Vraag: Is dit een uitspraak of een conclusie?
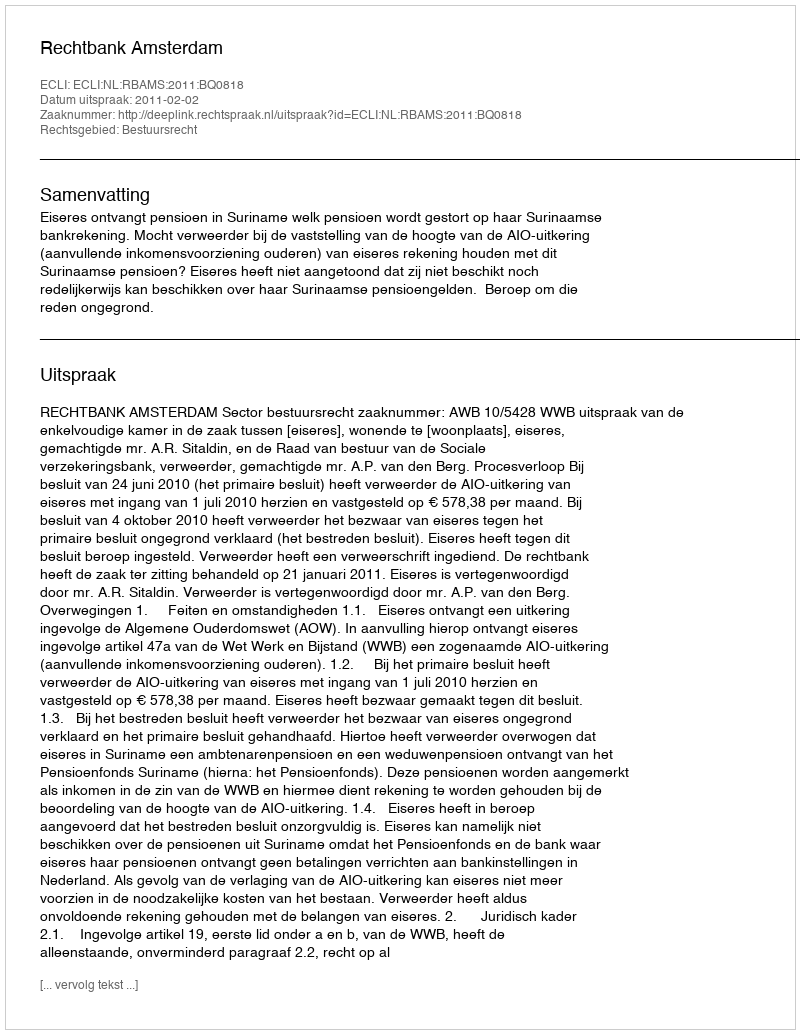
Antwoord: Uitspraak